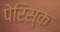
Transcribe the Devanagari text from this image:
पेरिस्क